Scottish Certificate of Education, 1962
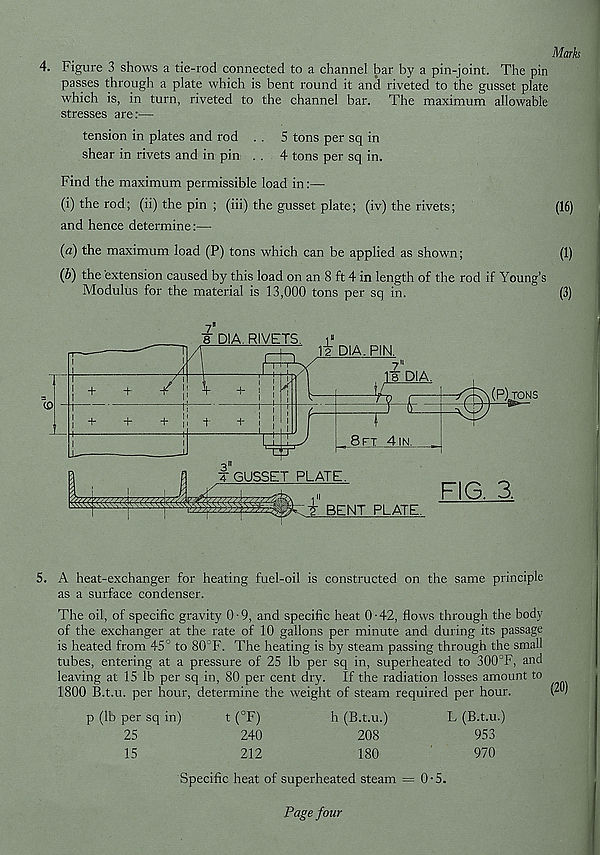
Marks
4. Figure 3 shows a tie-rod connected to a channel bar by a pin-joint. The pin
passes through a plate which is bent round it and riveted to the gusset plate
which is, in turn, riveted to the channel bar. The maximum allowable
stresses are:—
tension in plates and rod . . 5 tons per sq in
shear in rivets and in pin . . 4 tons per sq in.
Find the maximum permissible load in:—
(i) the rod; (ii) the pin ; (iii) the gusset plate; (iv) the rivets;
(16)
and hence determine:—
(a) the maximum load (P) tons which can be applied as shown;
(1)
(b) the extension caused by this load on an 8 ft 4 in length of the rod if Young’s
Modulus for the material is 13,000 tons per sq in.
(3)
5. A heat-exchanger for heating fuel-oil is constructed on the same principle
as a surface condenser.
The oil, of specific gravity 0-9, and specific heat 0-42, flows through the body
of the exchanger at the rate of 10 gallons per minute and during its passage
is heated from 45° to 80°F. The heating is by steam passing through the small
tubes, entering at a pressure of 25 lb per sq in, superheated to 300 3 F, and
leaving at 15 lb per sq in, 80 per cent dry. If the radiation losses amount to
1800 B.t.u. per hour, determine the weight of steam required per hour.
p (lb per sq in)
t (°F)
h (B.t.u.)
L (B.t.u.)
25
240
208
953
15
212
180
970
Specific heat of superheated steam = 0-5.
Page four